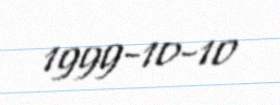
1999-10-10